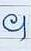
។